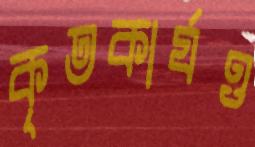
কৃতকার্যও